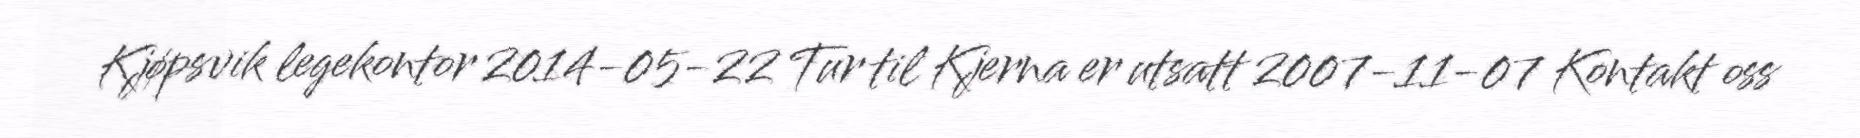
Kjøpsvik legekontor 2014-05-22 Tur til Kjerna er utsatt 2007-11-07 Kontakt oss